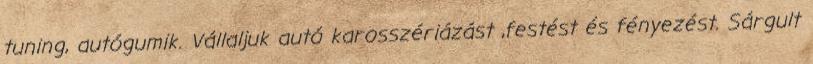
tuning, autógumik. Vállaljuk autó karosszériázást ,festést és fényezést. Sárgult